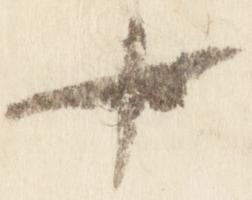
十